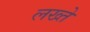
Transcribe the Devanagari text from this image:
लख्ते